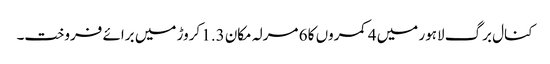
کنال برگ لاہور میں 4 کمروں کا 6 مرلہ مکان 1.3 کروڑ میں برائے فروخت۔